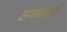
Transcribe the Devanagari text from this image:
सगळंखरं